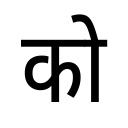
OCR:
को